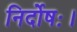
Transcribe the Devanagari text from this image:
निर्दोषः।